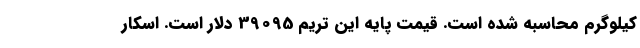
کیلوگرم محاسبه شده است. قیمت پایه این تریم 39095 دلار است. اسکار